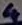
Text: 4